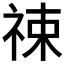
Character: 𬒶